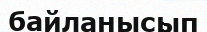
байланысып